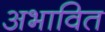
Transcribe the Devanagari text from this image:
अभावित